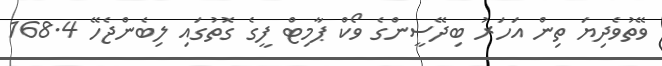
ވޭތުވެދިޔަ ތިން އަހަރު ބިދޭސީންގެ ވޯކް ޕާމިޓް ފީގެ ގޮތުގައި ލިބެންޖެހޭ 168.4